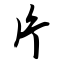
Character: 片